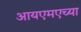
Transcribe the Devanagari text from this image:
आयएमएच्या